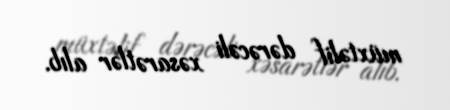
müxtəlif dərəcəli xəsarətlər alıb.